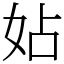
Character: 㚲